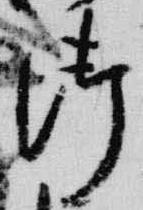
御